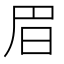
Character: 𣅩